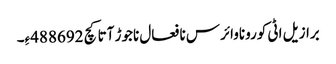
برازیل اٹی کوروناوائرس نا فعال ناجوڑ آتا کچ 488692ءِ۔